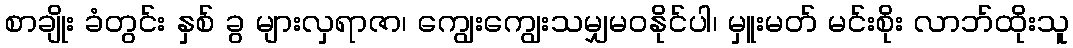
စာချိုး ခံတွင်း နှစ် ခွ များလှရာဇာ၊ ကျွေးကျွေးသမျှမဝနိုင်ပါ၊ မှူးမတ် မင်းစိုး လာဘ်ထိုးသူ